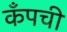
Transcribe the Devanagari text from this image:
कँपची